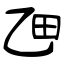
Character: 乪